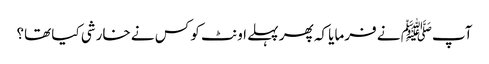
آپﷺ نے فرمایا کہ پھر پہلے اونٹ کو کس نے خارشی کیا تھا؟